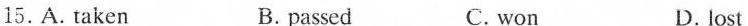
15.A.Taken B. passed C. won D. lost